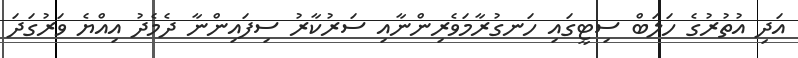
އަދި އުތުރުގެ ހަލަބް ސިޓީގައި ހަނގުރާމަވެރިންނާއި ސަރުކާރު ސިފައިންނާ ދެމެދު އިއްޔެ ވަރުގަދަ